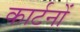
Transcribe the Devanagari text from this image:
कार्टनों